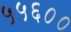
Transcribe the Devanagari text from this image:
५५६००